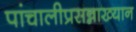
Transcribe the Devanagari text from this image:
पांचालीप्रसन्नाख्यान